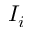
I _ { i }